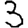
Digit: 3